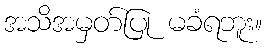
အသိအမှတ်ပြု မခံရဘူး။